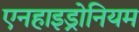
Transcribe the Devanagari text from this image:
एनहाइड्रोनियम